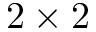
2 \times 2